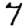
Digit: 7